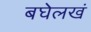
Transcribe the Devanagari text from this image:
बघेलखं